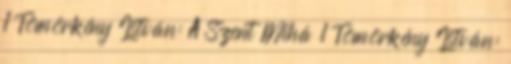
1 Tömörkény István: A Szent Mihá 1 Tömörkény István: